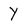
Character: Y